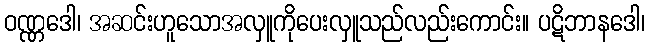
ဝဏ္ဏဒေါ၊ အဆင်းဟူသောအလှူကိုပေးလှူသည်လည်းကောင်း။ ပဋိဘာနဒေါ၊